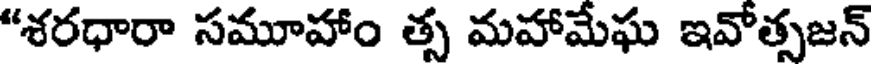
"శరధారా సమూహాం త్స మహామేఘ ఇవోత్సజన్